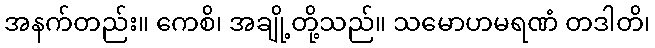
အနက်တည်း။ ကေစိ၊ အချို့တို့သည်။ သမောဟမရဏံ တဒါတိ၊